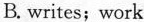
B. writes;work